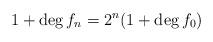
LaTeX: \begin{align*}1+\deg f_n=2^n(1+\deg f_0)\end{align*}